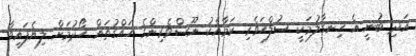
އަދި ބުނީ އެ ހިނގާލުމަކީ ސުލްހަވެރި ކަމާއެކު ނޫސްވެރިންގެ ހައްގުތައް ހޯދުމަށް ލިޔެފައިވާ